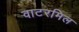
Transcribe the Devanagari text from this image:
वाटरमिल